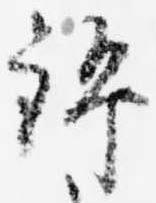
錦